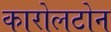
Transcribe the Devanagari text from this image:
कारोलटोन